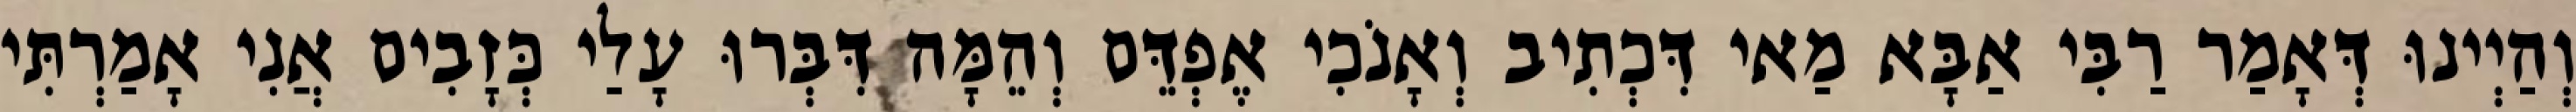
וְהַיְינוּ דְּאָמַר רַבִּי אַבָּא מַאי דִּכְתִיב וְאָנֹכִי אֶפְדֵּם וְהֵמָּה דִּבְּרוּ עָלַי כְּזָבִים אֲנִי אָמַרְתִּי